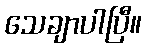
သေချာပါပြီ။